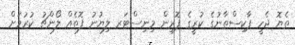
ތެޔޮ ޖެހީ ޕާކިސްތާނުގެ ކުރީގެ ފޮރިން މިނިސްޓަރ ލިޔުނު ފޮތެއް ލޯންޗު ކުރުމަށް